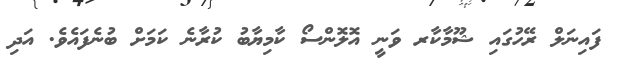
ފައިނަލް ރޭހުގައި ޝޫމާކާރ ވަނީ އޮލޮންސޯ ކާމިޔާބު ކުރާނެ ކަމަށް ބުނެފައެވެ. އަދި